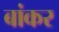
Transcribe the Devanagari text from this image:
बांकर